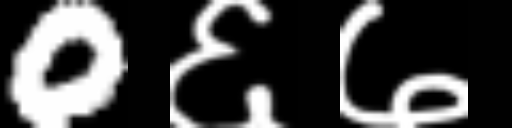
Text: 0६७